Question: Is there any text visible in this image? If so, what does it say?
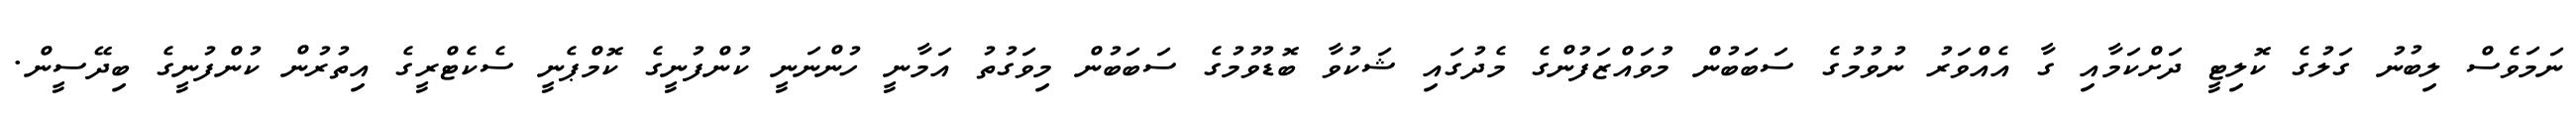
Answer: ނަމަވެސް ލިބުނު ގަލުގެ ކޮލިޓީ ދަށްކަމާއި ގާ އެއްވަރު ނުވުމުގެ ސަބަބުން މުވައްޒަފުންގެ މެދުގައި ޝަކުވާ ބޮޑުވުމުގެ ސަބަބުން މިވަގުތު އަމާނީ ހުންނަނީ ކުންފުނީގެ ކޮމްޕެނީ ސެކެޓްރީގެ އިތުރުން ކުންފުނީގެ ބިދޭސީން.